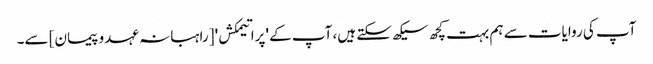
آپ کی روایات سے ہم بہت کچھ سیکھ سکتے ہیں، آپ کے 'پراتیمکش' [راہبانہ عہدو پیمان] سے۔